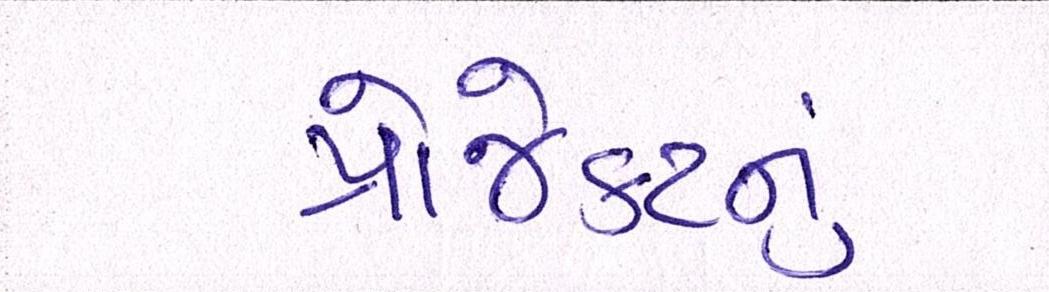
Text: પ્રોજેકટનું